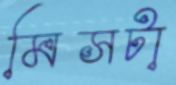
মিসটা